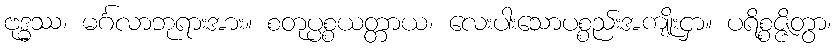
ဗုဒ္ဓဿ၊ မင်္ဂလာဘုရားအား။ စတုပ္ပစ္စယတ္တာယ၊ လေးပါးသောပစ္စည်းအကျိုးငှာ။ ပရိစ္စဇ္ဇိတွာ၊